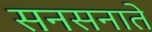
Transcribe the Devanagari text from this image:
सनसनाते